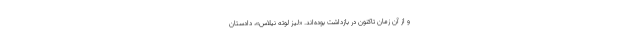
و از آن زمان تاکنون در بازداشت بوده‌اند. «لیز لوته نیلاس»، دادستان